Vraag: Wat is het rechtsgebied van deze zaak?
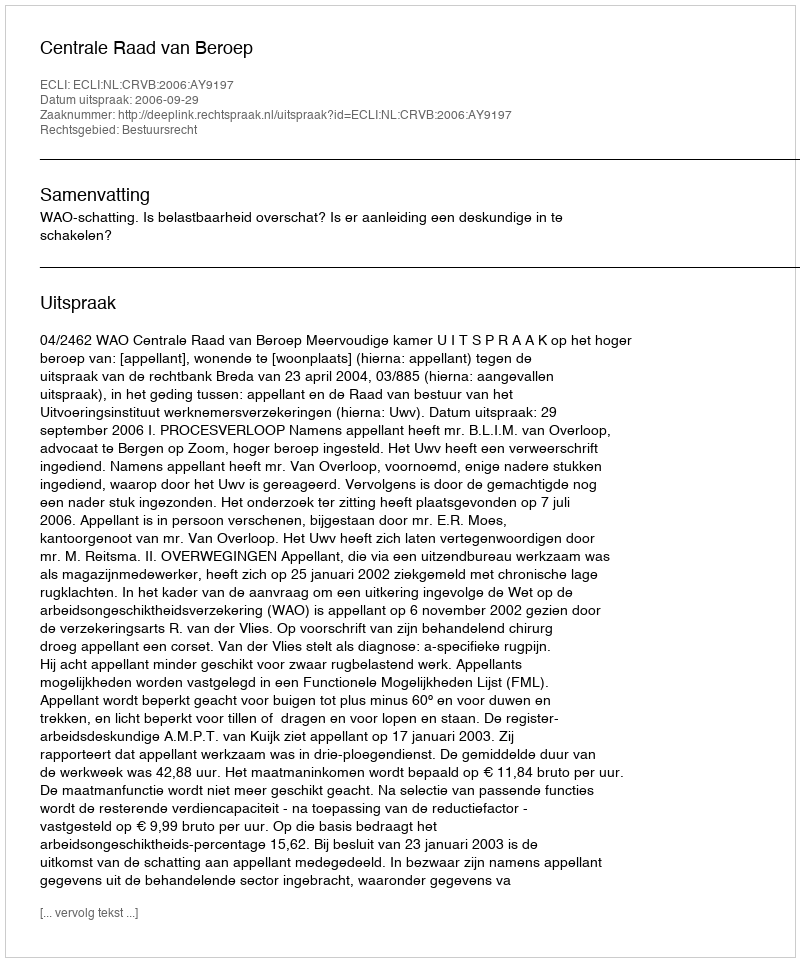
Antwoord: Bestuursrecht